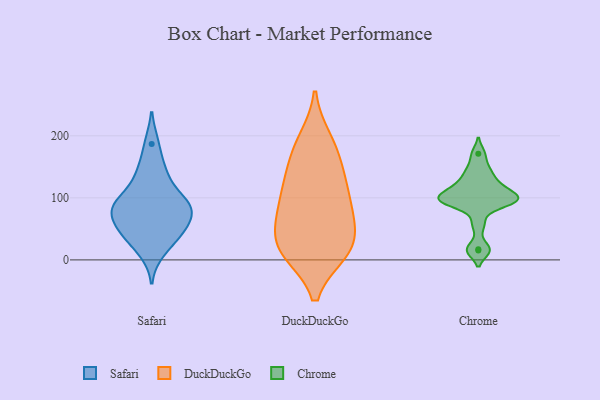
{"axis": {"x": "Latency (ms)", "y": "Value"}, "legend": ["Chrome", "DuckDuckGo", "Safari"], "data": [{"x": "", "y": 144, "type": "Safari"}, {"x": "", "y": 40, "type": "Safari"}, {"x": "", "y": 77, "type": "Safari"}, {"x": "", "y": 86, "type": "Safari"}, {"x": "", "y": 40, "type": "Safari"}, {"x": "", "y": 45, "type": "Safari"}, {"x": "", "y": 100, "type": "Safari"}, {"x": "", "y": 187, "type": "Safari"}, {"x": "", "y": 72, "type": "Safari"}, {"x": "", "y": 64, "type": "Safari"}, {"x": "", "y": 136, "type": "Safari"}, {"x": "", "y": 13, "type": "Safari"}, {"x": "", "y": 92, "type": "Safari"}, {"x": "", "y": 92, "type": "Safari"}, {"x": "", "y": 69, "type": "DuckDuckGo"}, {"x": "", "y": 16, "type": "DuckDuckGo"}, {"x": "", "y": 111, "type": "DuckDuckGo"}, {"x": "", "y": 81, "type": "DuckDuckGo"}, {"x": "", "y": 164, "type": "DuckDuckGo"}, {"x": "", "y": 57, "type": "DuckDuckGo"}, {"x": "", "y": 187, "type": "DuckDuckGo"}, {"x": "", "y": 57, "type": "DuckDuckGo"}, {"x": "", "y": 194, "type": "DuckDuckGo"}, {"x": "", "y": 101, "type": "DuckDuckGo"}, {"x": "", "y": 20, "type": "DuckDuckGo"}, {"x": "", "y": 15, "type": "DuckDuckGo"}, {"x": "", "y": 130, "type": "DuckDuckGo"}, {"x": "", "y": 13, "type": "DuckDuckGo"}, {"x": "", "y": 12, "type": "DuckDuckGo"}, {"x": "", "y": 138, "type": "DuckDuckGo"}, {"x": "", "y": 171, "type": "Chrome"}, {"x": "", "y": 107, "type": "Chrome"}, {"x": "", "y": 95, "type": "Chrome"}, {"x": "", "y": 93, "type": "Chrome"}, {"x": "", "y": 58, "type": "Chrome"}, {"x": "", "y": 136, "type": "Chrome"}, {"x": "", "y": 105, "type": "Chrome"}, {"x": "", "y": 91, "type": "Chrome"}, {"x": "", "y": 95, "type": "Chrome"}, {"x": "", "y": 120, "type": "Chrome"}, {"x": "", "y": 147, "type": "Chrome"}, {"x": "", "y": 119, "type": "Chrome"}, {"x": "", "y": 17, "type": "Chrome"}, {"x": "", "y": 15, "type": "Chrome"}, {"x": "", "y": 98, "type": "Chrome"}]}